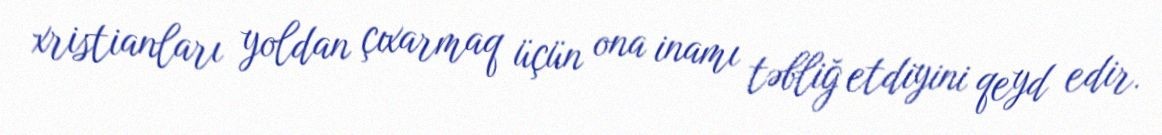
xristianları yoldan çıxarmaq üçün ona inamı təbliğ etdiyini qeyd edir.